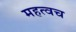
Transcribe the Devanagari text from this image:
महत्वच